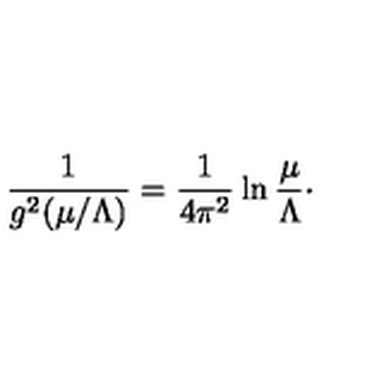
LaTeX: { \frac { 1 } { g ^ { 2 } ( \mu / \Lambda ) } } = { \frac { 1 } { 4 \pi ^ { 2 } } } \ln { \frac { \mu } { \Lambda } } \cdotp